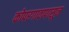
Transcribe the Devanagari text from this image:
कोपरगावापासून